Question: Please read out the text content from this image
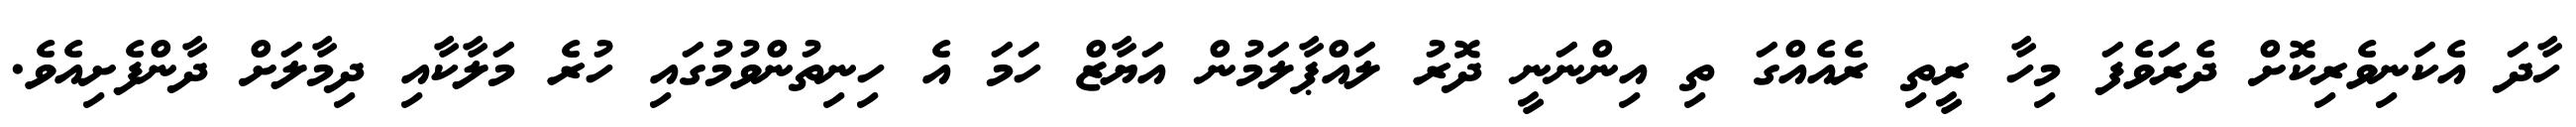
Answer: ހާދަ އެކަނިވެރިކޮށް ދެރަވެފަ މިހާ ރީތި ރެއެއްގަ ތި އިންނަނީ ދޮރު ލައްޕާލަމުން އަޔާޒް ހަމަ އެ ހިނިތުންވުމުގައި ހުރެ މަލާކާއި ދިމާލަށް ދާންފެށިއެވެ.